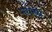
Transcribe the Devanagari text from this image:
नसनस